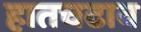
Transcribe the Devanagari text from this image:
हातचढाव